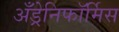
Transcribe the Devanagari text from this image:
अँड्रेनिफॉर्मिस